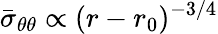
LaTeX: \bar{\sigma}_{\theta\theta}\propto(r-r_{0})^{-3/4}